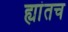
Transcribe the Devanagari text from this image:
ह्यांतच